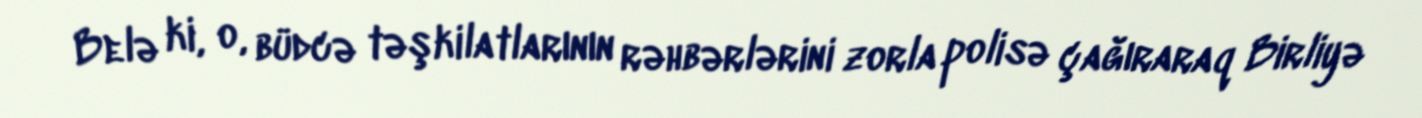
Belə ki, o, büdcə təşkilatlarının rəhbərlərini zorla polisə çağıraraq Birliyə